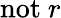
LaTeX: \mathrm{not}~r